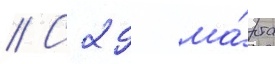
// С 29 ма́рта